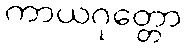
ကာယဂုတ္တော